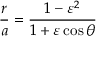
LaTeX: { \frac { r } { a } } = { \frac { 1 - \varepsilon ^ { 2 } } { 1 + \varepsilon \cos \theta } }